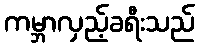
ကမ္ဘာလှည့်ခရီးသည်